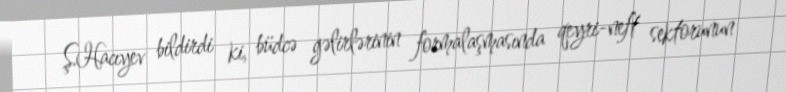
Ş.Hacıyev bildirdi ki, büdcə gəlirlərinin formalaşmasında qeyri-neft sektorunun